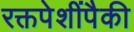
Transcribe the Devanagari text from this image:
रक्तपेशींपैकी